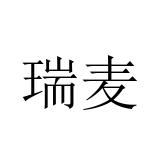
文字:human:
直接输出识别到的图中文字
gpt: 瑞麦